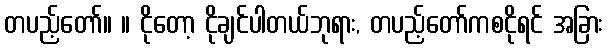
တပည့်တော်။ ။ ငိုတော့ ငိုချင်ပါတယ်ဘုရား, တပည့်တော်ကစငိုရင် အခြား